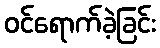
ဝင်ရောက်ခဲ့ခြင်း